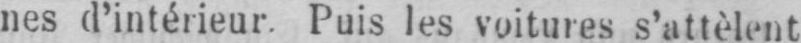
nes d’intérieur. Puis les voitures s’attèlent